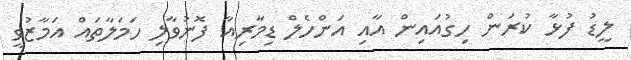
ލީޑު ފުޅާ ކުރަން ހިގުއައިން އާއި އަންހެލް ޑިމާރިއާ ފޮނުވާލި ހަމަލާތައް އަމާޒުވީ